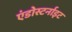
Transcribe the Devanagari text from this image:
एंडोस्टर्नाइट